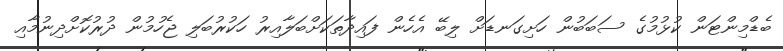
ބެޑްމިންޓަން ކުޅުމުގެ ސަބަބުން ހަށިގަނޑަށް ލިބޭ އެހެން ފައިދާތަކަށްބަލާއިރު ހަކުރުބަލި ޖެހުމުން ދުރުކޮށްދިނުމާއި